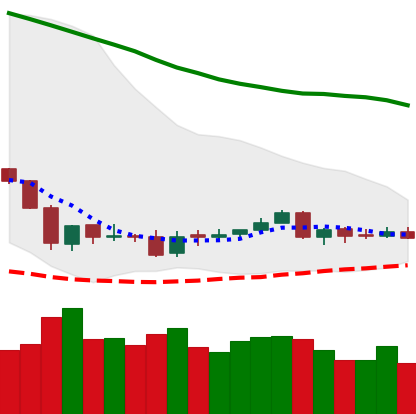
Ticker: ETC-USD
Chart end date: 2018-06-09
Forward return: -7.238%
Label: down_7plus